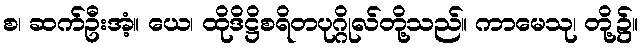
စ၊ ဆက်ဦးအံ့။ ယေ၊ ထိုဒိဋ္ဌိစရိတပုဂ္ဂိုလ်တို့သည်။ ကာမေသု၊ တို့၌။